Punjab Mental Hospital Lahore 1922-31 - 1922-1931
Year: 1922
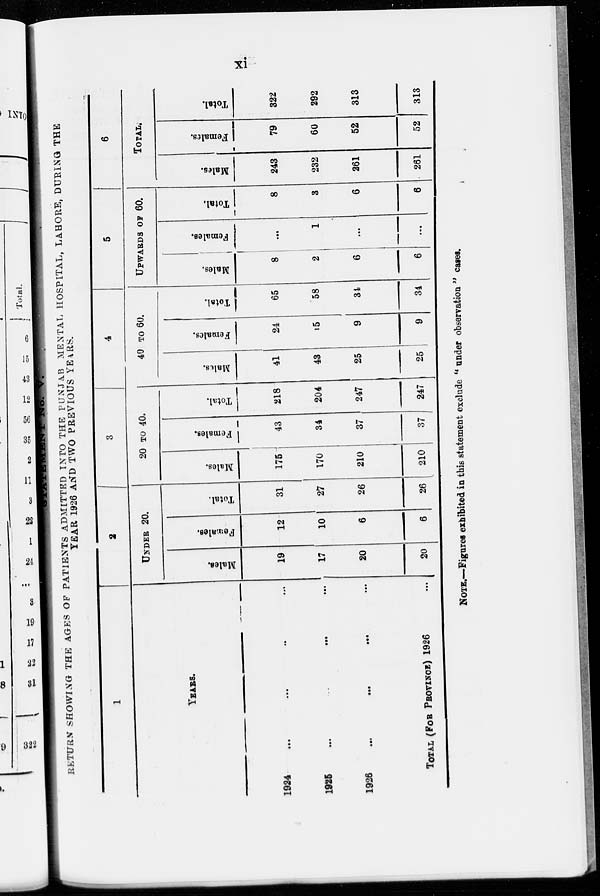
xi
STATEMENT No. V.
RETURN SHOWING THE AGES OF PATIENTS ADMITTED INTO THE PUNJAB MENTAL HOSPITAL, LAHORE, DURING THE
YEAR 1926 AND TWO PREVIOUS YEARS.
1
YEARS.
1924
...
...
...
...
1925 ... ... ... ...
1926
...
...
...
...
TOTAL (FOR PROVINCE) 1926
2
UNDER 20.
Males.
19
17
20
20
Females.
12
10
6
6
Total.
31
27
26
26
3
20 TO 40.
Males.
175
170
210
210
Females.
43
34
37
37
Total.
218
204
247
247
4
40 TO 60.
Males.
41
43
25
25
Females.
24
15
9
9
Total.
65
58
34
34
5
UPWARDS OF 60.
Males.
8
2
6
6
Females.
...
1
...
...
Total.
8
3
6
6
6
TOTAL.
Males.
243
232
261
261
Females.
79
60
52
52
Total.
322
292
313
313
NOTE.—Figures exhibited in this statement exclude " under observation " cases.